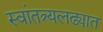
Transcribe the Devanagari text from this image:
स्वांतत्र्यलढ्यात